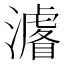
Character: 𭳁